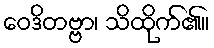
ဝေဒိတဗ္ဗာ၊ သိထိုက်၏။